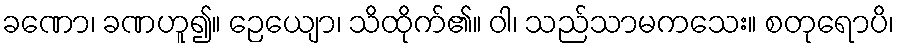
ခဏော၊ ခဏဟူ၍။ ဉေယျော၊ သိထိုက်၏။ ဝါ၊ သည်သာမကသေး။ စတုရောပိ၊